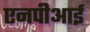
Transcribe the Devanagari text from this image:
एनपीआई